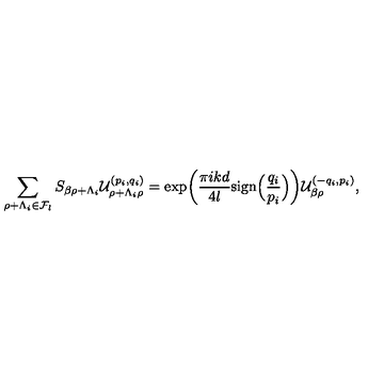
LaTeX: \sum _ { \rho + \Lambda _ { i } \in { \cal F } _ { l } } S _ { \beta \rho + \Lambda _ { i } } { \cal U } _ { \rho + \Lambda _ { i } \rho } ^ { ( p _ { i } , q _ { i } ) } = \exp \biggl ( { \frac { \pi i k d } { 4 l } } \mathrm { s i g n } \Bigl ( { \frac { q _ { i } } { p _ { i } } } \Bigr ) \biggr ) { \cal U } _ { \beta \rho } ^ { ( - q _ { i } , p _ { i } ) } ,